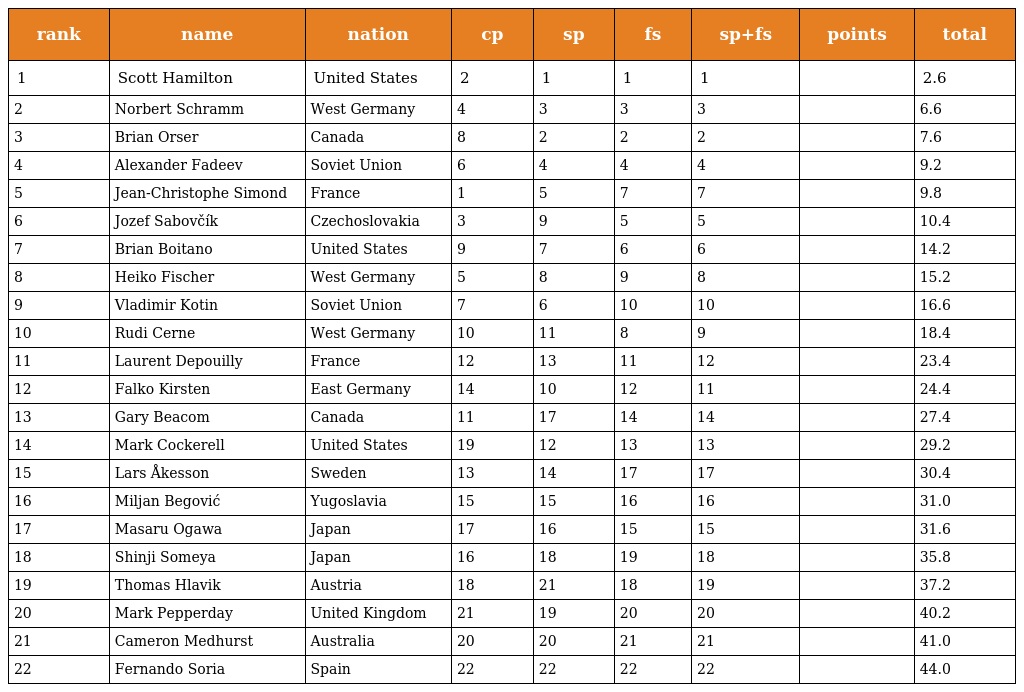
| rank | name | nation | cp | sp | fs | sp+fs | points | total |
 | --- | --- | --- | --- | --- | --- | --- | --- | --- |
 | 1 | Scott Hamilton | United States | 2 | 1 | 1 | 1 |  | 2.6 |
 | 2 | Norbert Schramm | West Germany | 4 | 3 | 3 | 3 |  | 6.6 |
 | 3 | Brian Orser | Canada | 8 | 2 | 2 | 2 |  | 7.6 |
 | 4 | Alexander Fadeev | Soviet Union | 6 | 4 | 4 | 4 |  | 9.2 |
 | 5 | Jean-Christophe Simond | France | 1 | 5 | 7 | 7 |  | 9.8 |
 | 6 | Jozef Sabovčík | Czechoslovakia | 3 | 9 | 5 | 5 |  | 10.4 |
 | 7 | Brian Boitano | United States | 9 | 7 | 6 | 6 |  | 14.2 |
 | 8 | Heiko Fischer | West Germany | 5 | 8 | 9 | 8 |  | 15.2 |
 | 9 | Vladimir Kotin | Soviet Union | 7 | 6 | 10 | 10 |  | 16.6 |
 | 10 | Rudi Cerne | West Germany | 10 | 11 | 8 | 9 |  | 18.4 |
 | 11 | Laurent Depouilly | France | 12 | 13 | 11 | 12 |  | 23.4 |
 | 12 | Falko Kirsten | East Germany | 14 | 10 | 12 | 11 |  | 24.4 |
 | 13 | Gary Beacom | Canada | 11 | 17 | 14 | 14 |  | 27.4 |
 | 14 | Mark Cockerell | United States | 19 | 12 | 13 | 13 |  | 29.2 |
 | 15 | Lars Åkesson | Sweden | 13 | 14 | 17 | 17 |  | 30.4 |
 | 16 | Miljan Begović | Yugoslavia | 15 | 15 | 16 | 16 |  | 31.0 |
 | 17 | Masaru Ogawa | Japan | 17 | 16 | 15 | 15 |  | 31.6 |
 | 18 | Shinji Someya | Japan | 16 | 18 | 19 | 18 |  | 35.8 |
 | 19 | Thomas Hlavik | Austria | 18 | 21 | 18 | 19 |  | 37.2 |
 | 20 | Mark Pepperday | United Kingdom | 21 | 19 | 20 | 20 |  | 40.2 |
 | 21 | Cameron Medhurst | Australia | 20 | 20 | 21 | 21 |  | 41.0 |
 | 22 | Fernando Soria | Spain | 22 | 22 | 22 | 22 |  | 44.0 |